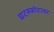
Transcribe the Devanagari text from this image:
घटस्फोटावर